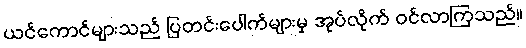
ယင်ကောင်များသည် ပြတင်းပေါက်များမှ အုပ်လိုက် ဝင်လာကြသည်။